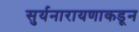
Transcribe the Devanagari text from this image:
सुर्यनारायणाकडून